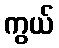
ကွယ်